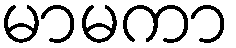
မာမကာ